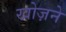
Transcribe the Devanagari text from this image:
खोज़ने